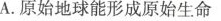
A.原始地球能形成原始生命